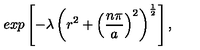
e x p \left[ - \lambda \left( r ^ { 2 } + \left( \frac { n \pi } { a } \right) ^ { 2 } \right) ^ { \frac { 1 } { 2 } } \right] ,